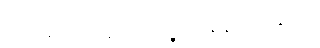
၃၉၈။ ဆေတွာ နဒ္ဓိံ ဝရတ္တဉ္စ၊ သန္ဒာနံ သဟနုက္ကမံ။